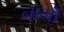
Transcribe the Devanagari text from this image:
नामॊं